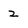
Character: 2